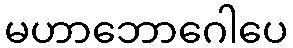
မဟာဘောဂေါပေ